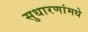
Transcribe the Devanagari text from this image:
सुधारणांमधे